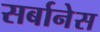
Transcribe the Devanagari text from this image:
सर्बानेस